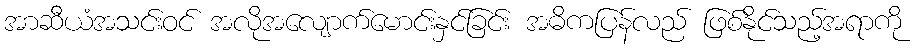
အာဆီယံအသင်းဝင် အလိုအလျောက်မောင်းနှင်ခြင်း အဓိကပြန်လည် ဖြစ်နိုင်သည့်အရာကို